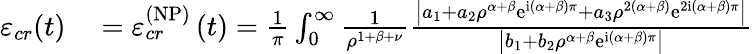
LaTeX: \begin{array}{rl}{\varepsilon_{cr}(t)}&{{}=\varepsilon_{cr}^{\left(\mathrm{NP}\right)}\left(t\right)=\frac{1}{\pi}\int_{0}^{\infty}\frac{1}{\rho^{1+\beta+\nu}}\frac{\left\vert a_{1}+a_{2}\rho^{\alpha+\beta}\mathrm{e}^{\mathrm{i}\left(\alpha+\beta\right)\pi}+a_{3}\rho^{2\left(\alpha+\beta\right)}\mathrm{e}^{2\mathrm{i}\left(\alpha+\beta\right)\pi}\right\vert}{\left\vert b_{1}+b_{2}\rho^{\alpha+\beta}\mathrm{e}^{\mathrm{i}\left(\alpha+\beta\right)\pi}\right\vert}}\end{array}